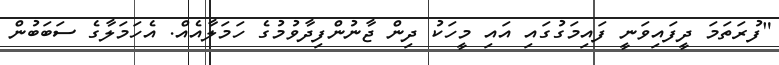
"ފުރަތަމަ ދީފައިވަނީ ފައިމަގުގައި އައި މީހަކު ދިން ޖާނުންފިދާވުމުގެ ހަމަލާއެއް. އެހަމަލާގެ ސަބަބުން